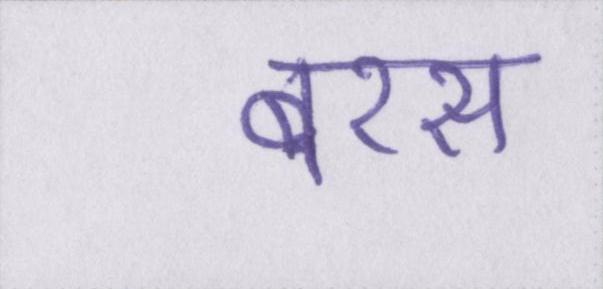
बरस